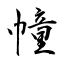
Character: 幢